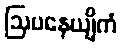
ဩပနေယျိကံ